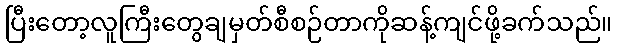
ပြီးတော့လူကြီးတွေချမှတ်စီစဉ်တာကိုဆန့်ကျင်ဖို့ခက်သည်။